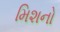
મિશનો